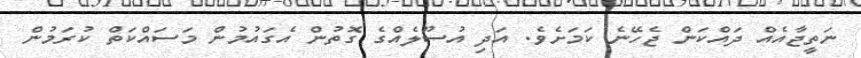
ނަތީޖާއެއް ދައްކަން ޖެހޭނެ ކަމަށެވެ. އަދި އުސޫލެއްގެ ގޮތުން އެގައުމުން މަސައްކަތް ކުރަމުން